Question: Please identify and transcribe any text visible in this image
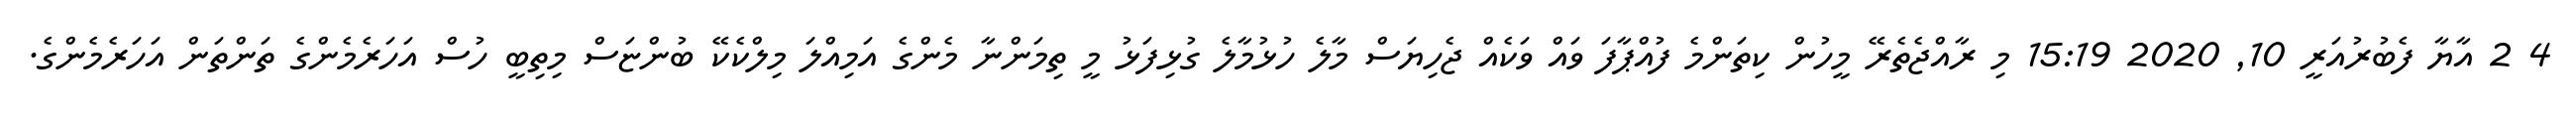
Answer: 4 2 އާޔާ ފެބުރުއަރީ 10, 2020 15:19 މި ރާއްޖެތެރޭ މީހުން ކިތަންމެ ފުއްޕާފަ ވައް ވަކެއް ޖެހިޔަސް މާލެ ހުޅުމާލެ ގުޅިފަޅު މީ ތިމަންނާ މެންގެ އަމިއްލަ މިލްކެކޭ ބުންޏަސް މިތިބީ ހުސް އަހަރެމެންގެ ތަންތަން އަހަރެމެންގެ.